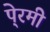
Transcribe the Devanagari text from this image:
पे्रमी